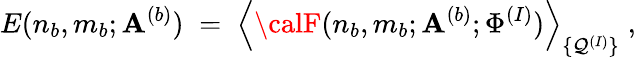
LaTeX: E(n_{b},m_{b};\mathbf{A}^{(b)})\; =\; \Big\langle{\calF}(n_{b},m_{b};\mathbf{A}^{(b)};\Phi^{(I)})\Big\rangle_{\{ \mathcal{Q}^{(I)}\} }\; ,